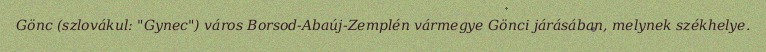
Gönc (szlovákul: "Gynec") város Borsod-Abaúj-Zemplén vármegye Gönci járásában, melynek székhelye.